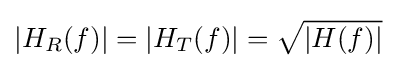
|H_{R}(f)|=|H_{T}(f)|={\sqrt {|H(f)|}}